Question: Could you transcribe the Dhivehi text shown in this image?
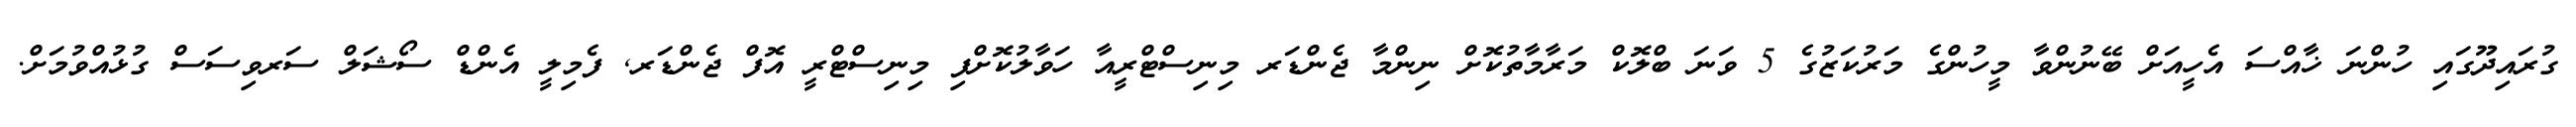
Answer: ގުރައިދޫގައި ހުންނަ ޚާއްސަ އެހީއަށް ބޭނުންވާ މީހުންގެ މަރުކަޒުގެ 5 ވަނަ ބްލޮކް މަރާމާތުކޮށް ނިންމާ ޖެންޑަރ މިނިސްޓްރީއާ ހަވާލުކޮށްފި މިނިސްޓްރީ އޮފް ޖެންޑަރ, ފެމިލީ އެންޑް ސޯޝަލް ސަރވިސަސް ގުޅުއްވުމަށް.